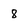
Character: 8